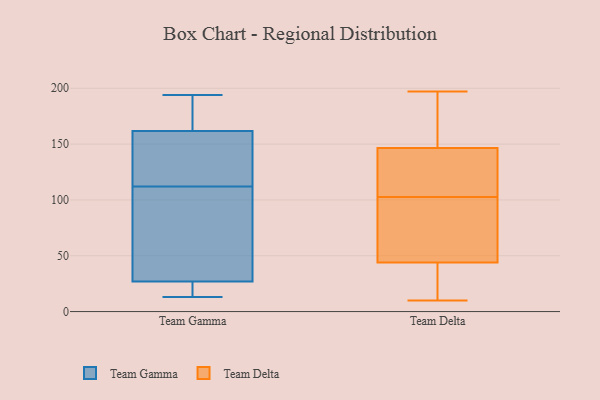
{"axis": {"x": "Humidity (%)", "y": "Value"}, "legend": ["Team Delta", "Team Gamma"], "data": [{"x": "", "y": 13, "type": "Team Gamma"}, {"x": "", "y": 111, "type": "Team Gamma"}, {"x": "", "y": 136, "type": "Team Gamma"}, {"x": "", "y": 112, "type": "Team Gamma"}, {"x": "", "y": 18, "type": "Team Gamma"}, {"x": "", "y": 190, "type": "Team Gamma"}, {"x": "", "y": 63, "type": "Team Gamma"}, {"x": "", "y": 30, "type": "Team Gamma"}, {"x": "", "y": 194, "type": "Team Gamma"}, {"x": "", "y": 14, "type": "Team Gamma"}, {"x": "", "y": 173, "type": "Team Gamma"}, {"x": "", "y": 158, "type": "Team Gamma"}, {"x": "", "y": 115, "type": "Team Gamma"}, {"x": "", "y": 97, "type": "Team Delta"}, {"x": "", "y": 134, "type": "Team Delta"}, {"x": "", "y": 158, "type": "Team Delta"}, {"x": "", "y": 108, "type": "Team Delta"}, {"x": "", "y": 197, "type": "Team Delta"}, {"x": "", "y": 126, "type": "Team Delta"}, {"x": "", "y": 10, "type": "Team Delta"}, {"x": "", "y": 34, "type": "Team Delta"}, {"x": "", "y": 12, "type": "Team Delta"}, {"x": "", "y": 162, "type": "Team Delta"}, {"x": "", "y": 54, "type": "Team Delta"}, {"x": "", "y": 135, "type": "Team Delta"}, {"x": "", "y": 77, "type": "Team Delta"}, {"x": "", "y": 186, "type": "Team Delta"}, {"x": "", "y": 76, "type": "Team Delta"}, {"x": "", "y": 32, "type": "Team Delta"}]}